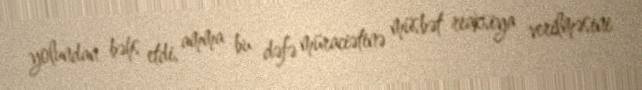
yolundan bəhs etdi, amma bu dəfə müraciətinə müsbət reaksiya verilməsini